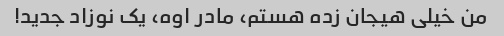
من خیلی هیجان زده هستم، مادر اوه، یک نوزاد جدید!